system: You are a helpful assistant.
user:
Analyze the provided spectrum to determine if it is a **"Cataclysmic Variables (CV)"**.

- **Key Indicators for CV (Check for either state):**
    - **State 1: Quiescent / Low-State (Emission-Dominated)**
        - **(Primary):** Strong and *very broad* Hydrogen Balmer emission lines (e.g., $H\alpha$ at 6563 Å, $H\beta$ at 4861 Å). The 'broadness' (high velocity dispersion, often FWHM > 1000 km/s) is the key diagnostic, indicating a high-velocity accretion disk.
        - **(Secondary):** Broad neutral Helium (He I) emission lines (e.g., 5876 Å, 6678 Å).
        - **(Key Confirmation):** Presence of high-excitation *ionized* Helium (He II) emission at 4686 Å. This is a strong indicator of accretion onto a white dwarf.
        - **(Line Profile):** Emission lines may exhibit a 'double-peaked' profile, which is a classic signature of a rotating accretion disk viewed at high inclination.

    - **State 2: Outburst / High-State (Absorption-Dominated)**
        - **(Primary):** Spectrum is dominated by a bright, blue continuum (looks like a hot star).
        - **(Secondary):** The emission lines from State 1 are weak, absent, or 'filled in', and are replaced by broad, shallow *absorption* lines (primarily Balmer and He I).
        - **(Morphology):** The overall spectrum mimics a hot B/A-type star. The crucial difference is that the absorption lines are significantly broader, shallower, and more 'washed-out' (or 'smeared') than the sharp lines of a normal stellar photosphere, due to high rotational speeds and pressure broadening in the disk.

Think first, call **spectral_visualization_tool** if needed to examine features in detail, then provide your final answer. Your response must adhere to the following strict rules:
1.  **Overall Structure:** Your response must follow the format `<think>...</think> <tool_call>...</tool_call> (if a tool is used) <answer>...</answer>`.
2.  **Tool Usage Constraint:** You may only make **one** tool call per turn.
3.  **Final Answer Format:** In the `<answer>` tag, your conclusion must be inside a `\boxed{}` command (e.g., `\boxed{YES}`), followed by your justification.

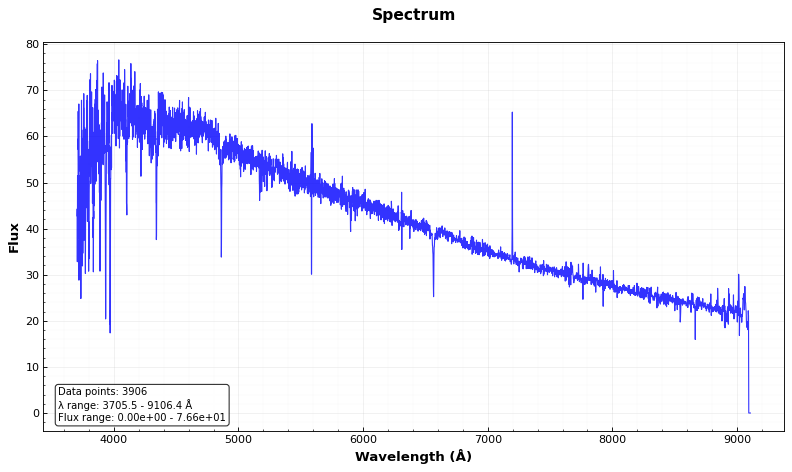
Answer: NO